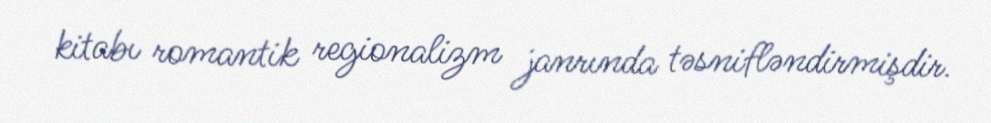
kitabı romantik regionalizm janrında təsnifləndirmişdir.